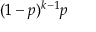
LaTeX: ( 1 - p ) ^ { k - 1 } p